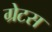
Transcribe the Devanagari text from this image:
ग्रेटस